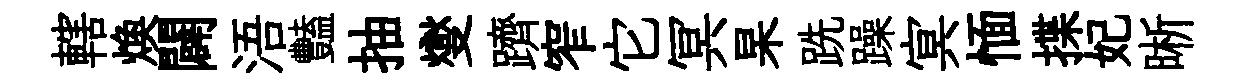
轄焕闢浯豔抽燮躋窄它冥杲跣躁㝠愐揲妃晰